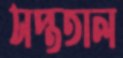
সপ্ততাল